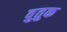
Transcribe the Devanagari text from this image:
बुतुक